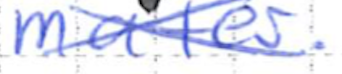
Text: mater.
Cross-out: cross
Writing tool: ballpoint